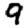
Digit: 9